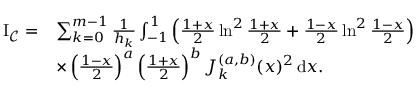
\begin{array} { r l } { \mathrm { I _ { \mathcal { C } } } = } & { \sum _ { k = 0 } ^ { m - 1 } \frac { 1 } { h _ { k } } \int _ { - 1 } ^ { 1 } \left( \frac { 1 + x } { 2 } \ln ^ { 2 } \frac { 1 + x } { 2 } + \frac { 1 - x } { 2 } \ln ^ { 2 } \frac { 1 - x } { 2 } \right) } \\ & { \times \left( \frac { 1 - x } { 2 } \right) ^ { a } \left( \frac { 1 + x } { 2 } \right) ^ { b } J _ { k } ^ { ( a , b ) } ( x ) ^ { 2 } \, \mathrm { d } x . } \end{array}